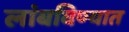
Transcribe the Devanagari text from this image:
लांबविण्यात